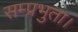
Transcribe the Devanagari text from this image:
सम्प्रभुता।